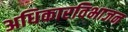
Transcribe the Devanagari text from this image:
अधिकारविभाजन